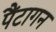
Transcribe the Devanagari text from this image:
पैंटागन